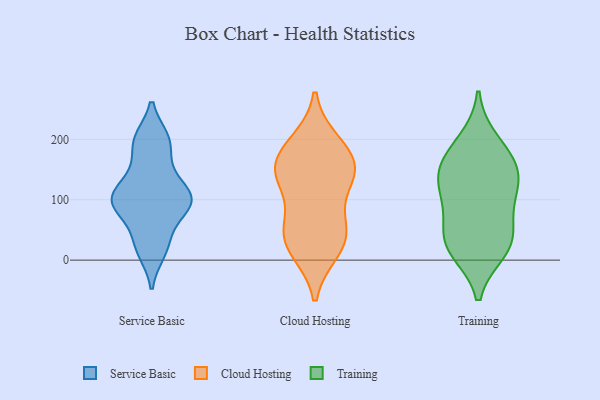
{"axis": {"x": "Customer Acquisition Cost (USD)", "y": "Value"}, "legend": ["Cloud Hosting", "Service Basic", "Training"], "data": [{"x": "", "y": 36, "type": "Service Basic"}, {"x": "", "y": 14, "type": "Service Basic"}, {"x": "", "y": 100, "type": "Service Basic"}, {"x": "", "y": 87, "type": "Service Basic"}, {"x": "", "y": 200, "type": "Service Basic"}, {"x": "", "y": 89, "type": "Service Basic"}, {"x": "", "y": 149, "type": "Service Basic"}, {"x": "", "y": 103, "type": "Service Basic"}, {"x": "", "y": 116, "type": "Service Basic"}, {"x": "", "y": 196, "type": "Service Basic"}, {"x": "", "y": 194, "type": "Cloud Hosting"}, {"x": "", "y": 49, "type": "Cloud Hosting"}, {"x": "", "y": 137, "type": "Cloud Hosting"}, {"x": "", "y": 138, "type": "Cloud Hosting"}, {"x": "", "y": 138, "type": "Cloud Hosting"}, {"x": "", "y": 20, "type": "Cloud Hosting"}, {"x": "", "y": 184, "type": "Cloud Hosting"}, {"x": "", "y": 52, "type": "Cloud Hosting"}, {"x": "", "y": 168, "type": "Cloud Hosting"}, {"x": "", "y": 145, "type": "Cloud Hosting"}, {"x": "", "y": 54, "type": "Cloud Hosting"}, {"x": "", "y": 17, "type": "Cloud Hosting"}, {"x": "", "y": 105, "type": "Training"}, {"x": "", "y": 32, "type": "Training"}, {"x": "", "y": 37, "type": "Training"}, {"x": "", "y": 158, "type": "Training"}, {"x": "", "y": 144, "type": "Training"}, {"x": "", "y": 94, "type": "Training"}, {"x": "", "y": 127, "type": "Training"}, {"x": "", "y": 29, "type": "Training"}, {"x": "", "y": 196, "type": "Training"}, {"x": "", "y": 165, "type": "Training"}, {"x": "", "y": 17, "type": "Training"}]}